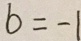
b = - 1